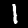
Digit: 1